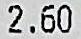
2.60